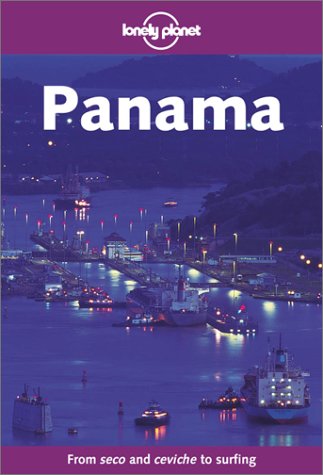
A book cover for Lonely Planet Panama; Scott Doggett; Travel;